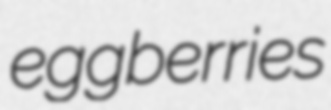
eggberries